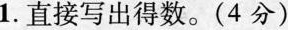
1. 直接写出得数.(4 分)